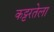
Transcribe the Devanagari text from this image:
कट्टरतेला